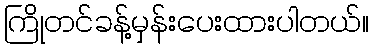
ကြိုတင်ခန့်မှန်းပေးထားပါတယ်။